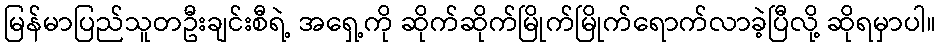
မြန်မာပြည်သူတဦးချင်းစီရဲ့ အရှေ့ကို ဆိုက်ဆိုက်မြိုက်မြိုက်ရောက်လာခဲ့ပြီလို့ ဆိုရမှာပါ။